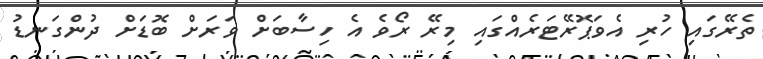
ތެރޭގައި ހުރި އެވަޕޮރޭޓަރެއްގައި މިރޭ ރޯވެ އެ ހިސާބަށް ވަރަށް ބޮޑަށް ދުންގަނޑު